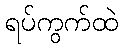
ရပ်ကွက်ထဲ